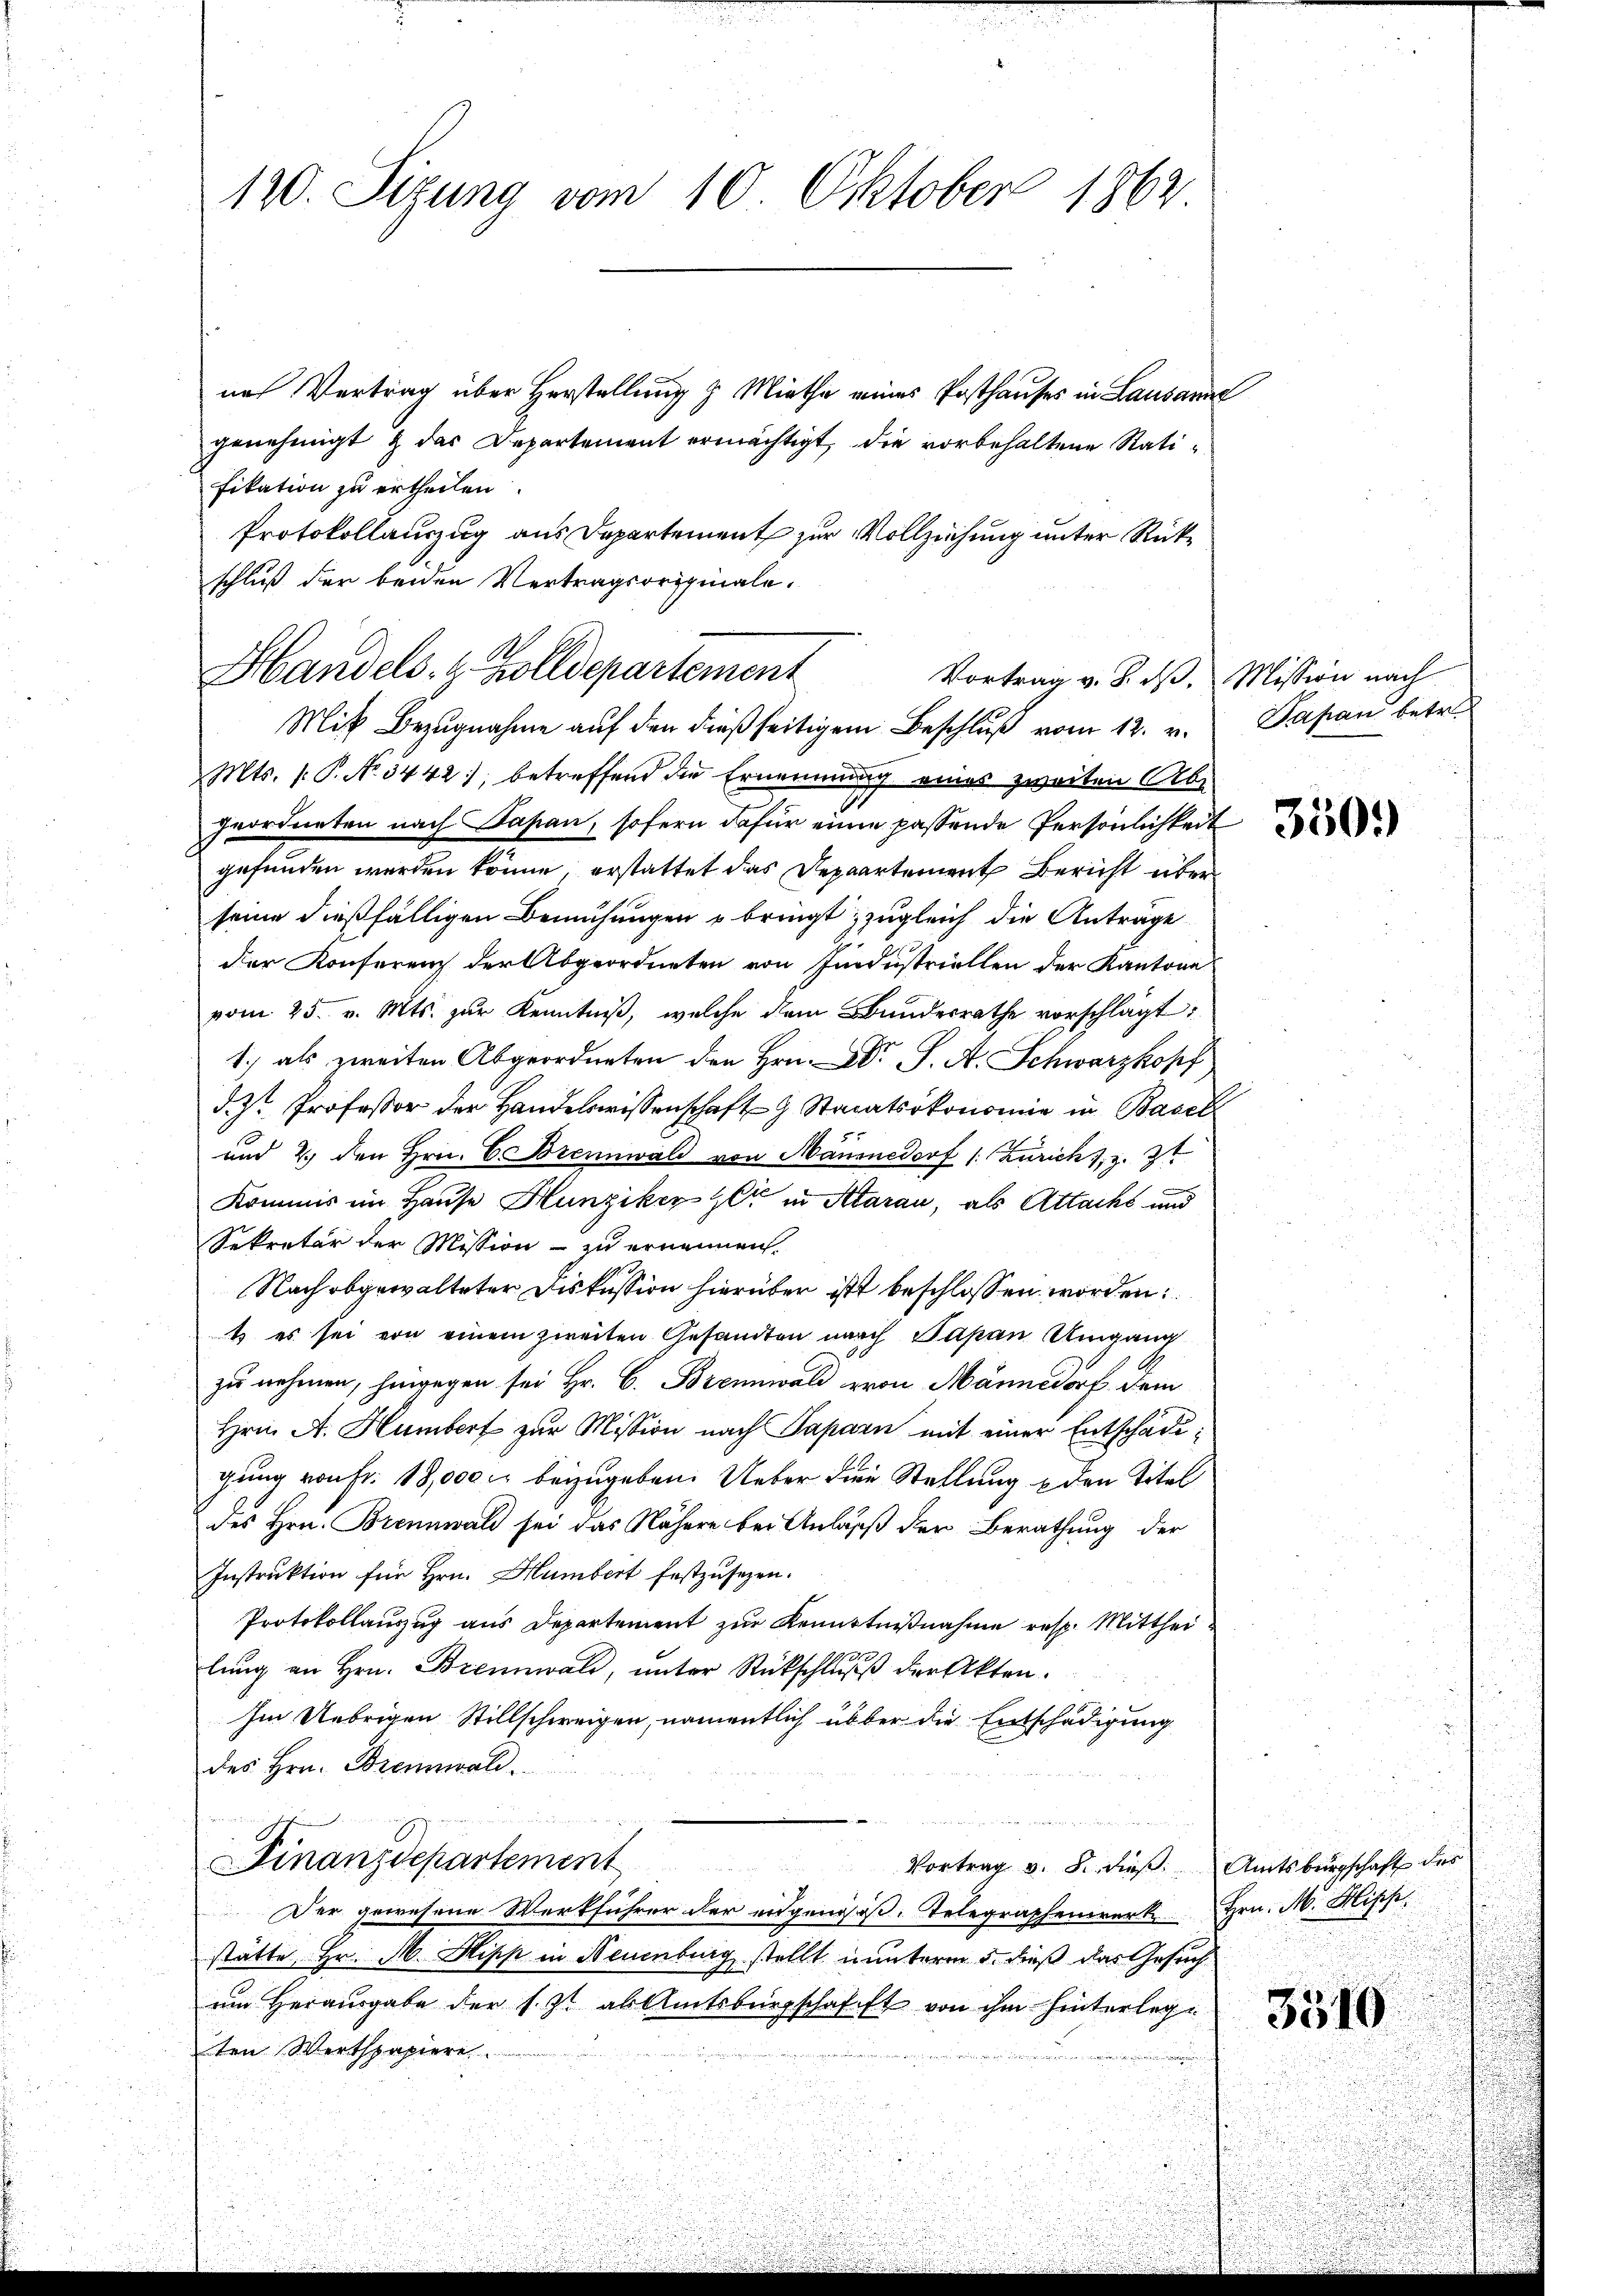
120. Sizung vom 10. Oktober 1862

nach Vertrag über Herstellung & Mietha eines Posthauses in Lausanne
genehmigt & das Departement ermächtigt, die vorbehaltene Ratifikation zu ertheilen.
Protokollauszug aus Departement zur Vollziehung unter Rückschluß der beiden Vertragsoriginale.
Mts. 1. P. No. 5442; betreffend die Ernennung eines zweiten Ab¬
Ieordneten nach Papan, sofern dafür einen passende Persönlichkeit
gefunden werden könne, erstattet das Depaartement Bericht über
seine dießfälligen Bemühungen u bringt, zugleich die Anträge
der Konferenz der Abgeordneten von Industriellen der Kantone
vom 25. v. Mts. zur Kenntniß, welche dem Bundesrathe vorschlägt:
1. als zweiten Abgeordneten den Hrn. Dr J. A. Schwarzkopf
d.J. Professor der Handelswissenschaft Staaatsökonomie in Basel
und 2. den Hrn. C. Brennwald von Mansnedorf /: Zürich, z. Zt
Kommis im Hause Hunziker er in Aarau, als Attacht und
Sekretär der Mission zu ernennen
Nach obgewalteter Diskussion hierüber ist beschlossen worden:
t es sei von einem zweiten Gesamten nach Papan Umgang
zu nehmen, hingegen sei Hr. C. Brennwald von Männedorf dem
Hrn. A. Humbert zur Mission nach Paparn mit einer Entschade,
gung von Fr. 18,000 r. beizugeben. Ueber die Stellung den Titel
des Hrn. Brennwald sei das Nähere bei Anlass der Berathung der
Instruktion für Hrn. Humbert festzusezen.
Protokollauszug aus Departement zur Kenntnißnahme resp. Mittheilŭng an Hrn. Brennwald, ŭnter Rückschlŭβ der Akten.
Im Uebrigen Stillschweigen, namentlich über die Entschädigung
des Hrn. Brennwald.
Finanzdepartement
Vortrag v. 8. dieß. Amtsburgschaft des
Der gewesene Werkführer der eidgenöß. Telegraphenwerk Hrn. M. Hisch
stätte, Hr. M. Hipp in Neuenburg stellt nunterm 5. dieß das Gesuch
um Herausgabe der 1. 9t ab Amtsbürgschafft von ihm hinterlege
ten Werthpapiere

Handels- & Zolldepartement
Vortrag v. J. dß. Mission nach
Mit Bezugnahme aŭf den dießseitigem Beschlŭβ vom 12. v. Papan betr.